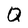
Character: Q